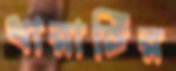
ধারাটির